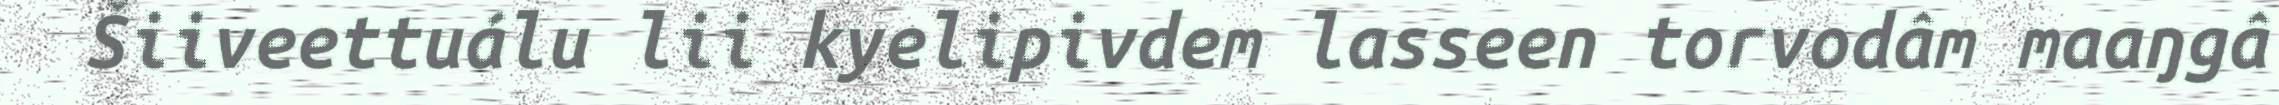
Šiiveettuálu lii kyelipivdem lasseen torvodâm maaŋgâ